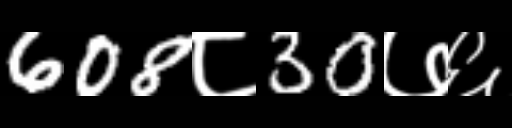
Text: 608८30७६